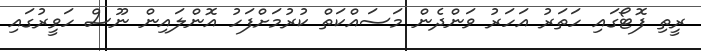
ރީތި ފޮޓޯގައި ހަތަރު އަހަރު ވަންދެން މަސައްކަތް ކުރުމަށްފަހު އޮންލައިން ނޫސް ހަވީރުގައި